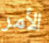
الأمر